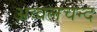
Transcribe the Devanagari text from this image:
अव्वलचन्द